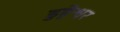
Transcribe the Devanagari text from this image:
डुङ्गेश्वर